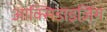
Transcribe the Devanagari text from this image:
आक्सिडाइज़िंग